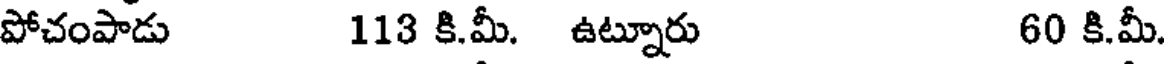
పోచంపాడు 113 కి.మీ. ఉట్నూరు 60 కి.మీ.